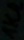
Text: 1KΩ